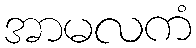
အာမလကံ